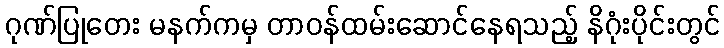
ဂုဏ်ပြုတေး မနက်ကမှ တာဝန်ထမ်းဆောင်နေရသည့် နိဂုံးပိုင်းတွင်